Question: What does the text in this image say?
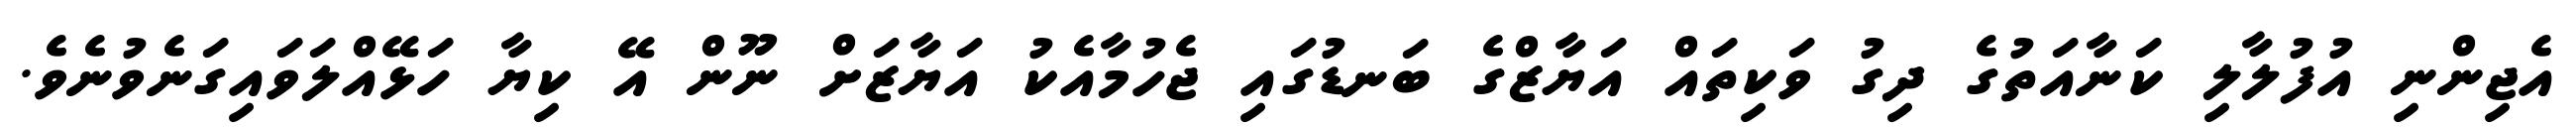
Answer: އެޖިންނި އުފުލާލި ކަނާއަތުގެ ދިގު ވަކިތައް އަޔާޒްގެ ބަނޑުގައި ޖެހުމާއެކު އަޔާޒަށް ނޫން އޭ ކިޔާ ހަޅޭއްލަވައިގަނެވުނެވެ.